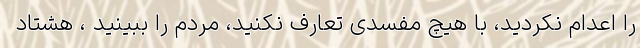
را اعدام نکردید، با هیچ مفسدی تعارف نکنید، مردم را ببینید ، هشتاد